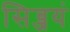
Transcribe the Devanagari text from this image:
सिब्जयं